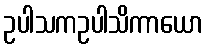
ဥပါသကဥပါသိကာယော